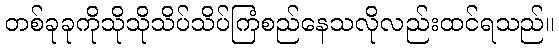
တစ်ခုခုကိုသိုသိုသိပ်သိပ်ကြံစည်နေသလိုလည်းထင်ရသည်။